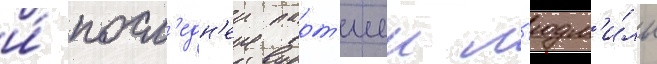
и́ посл'едн'еи парт'иеи л'юдм'и́лы